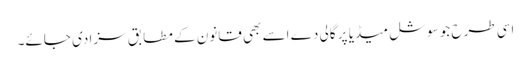
اسی طرح جو سوشل میڈیا پر گالی دے اسے بھی قانون کے مطابق سزا دی جائے۔